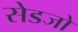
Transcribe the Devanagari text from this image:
सेडजो